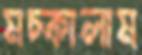
মচ্‌কালাম